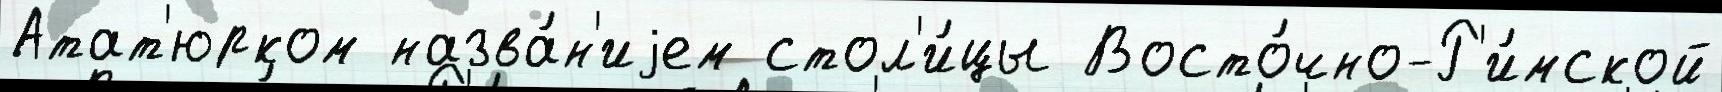
Атат'юрком назва́н'иjем стол'и́цы Восто́чно-Р'и́мской